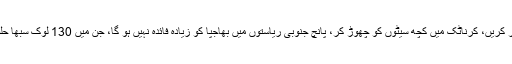
نتائج کا انتظار کریں، کرناٹک میں کچھ سیٹوں کو چھوڑ کر، پانچ جنوبی ریاستوں میں بھاجپا کو زیادہ فائدہ نہیں ہو گا، جن میں 130 لوک سبھا حلقے شامل ہیں۔